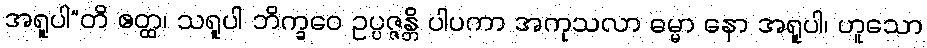
အရူပါ”တိ ဧတ္ထ၊ သရူပါ ဘိက္ခဝေ ဥပ္ပဇ္ဇန္တိ ပါပကာ အကုသလာ ဓမ္မာ နော အရူပါ၊ ဟူသော